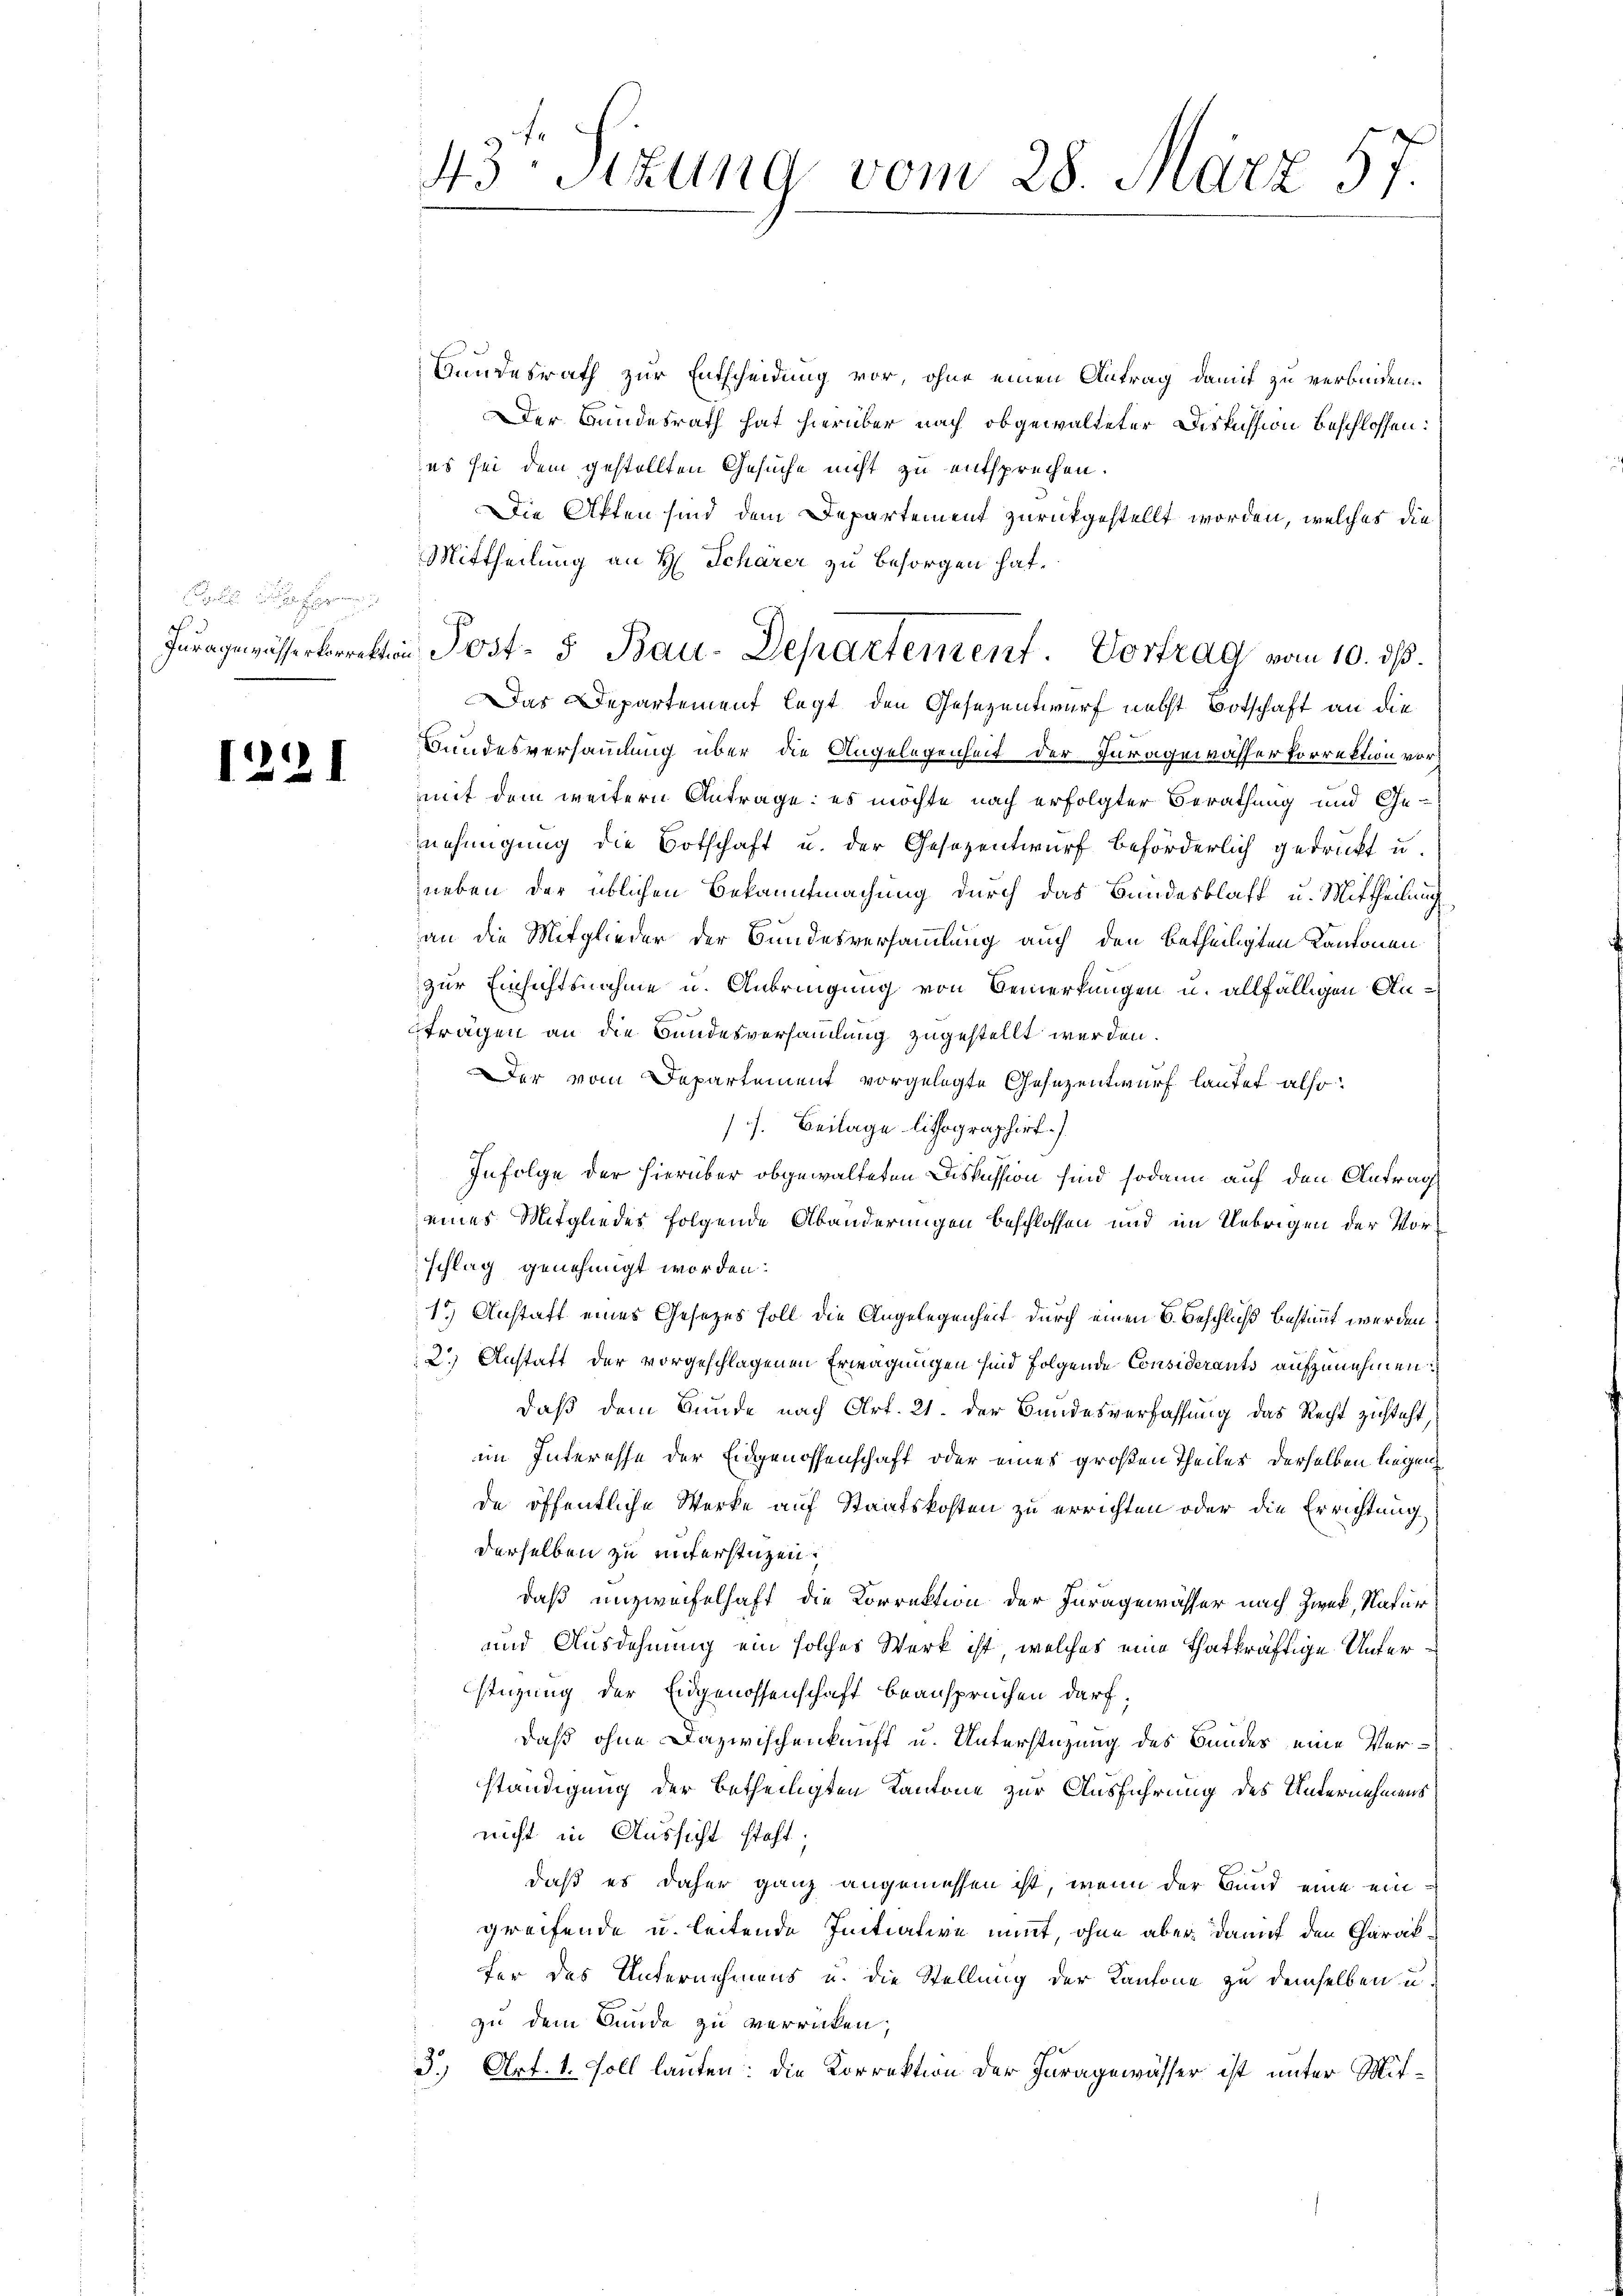
Iuragewässerkorrektio

1221

43: Sizung vom 28. März 57.

Hundesrath zur Entscheidung vor, ohne einen Antrag damit zu verbinden.
Der Bundesrath hat hierüber nach obgewalteter Diskussion beschlossen:
es sei dem gestellten Gesuche nicht zu entsprechen.
Die Akten sind dem Departement zurückgestellt worden, welches die
Mittheilung an H. Scharer zu besorgen hat.
Das Departement legt, den Gesezentwurf nebst Botschaft an die
Bundesversammlung über die Angelegenheit der Iuragewässer Porrektion vor
mit dem weitern Antrage: es möchte nach erfolgter Berathung und Ge-
nnehmigung die Botschaft u. der Gesezentwurf beförderlich gedruckt u.
neben der üblichen Bekanntmachung durch das Bundesblatt u. Mittheilung
an die Mitglieder der Bundesversammlung auch den betheiligten Kantonen
zur Einsichtsnahme u. Anbringung von Bemerkungen u. allfälligen Auträgen an die Bundesversammlung zugestellt werden.
Der vom Departement vorgelegte Gesezentwurf lautet also:
s. Beilage lithographirt.)
Infolge der hierüber obgewalteten Diskussion sind sodann auf den Antrag
eines Mitgliedes folgende Abänderungen beschlossen und im Uebrigen der Vorschlag genehmigt worden:
1.) Anstatt eines Gesetzes soll die Angelegenheit durch einen 6. Beschluß bestimmt werden
2.) Anstatt der vorgeschlagenen Erwägungen sind folgende Considerants aufzunehmen:
daß dem Bunde nach Art. 21. der Bandesverfassung das Recht zusteht,
im Interesse der Eidgenossenschaft oder eines großen Theiles derselben liegen
de öffentliche Werke auf Staatskosten zu errichten oder die Errichtung.
derselben zu unterstützen.
daß unzweifelhaft die Korrektion der Juragewässer nach Zweck, Natur
und Ausdehnung ein solches Werk ist, welches eine Thatkräftige Unterstüzung der Eidgenossenschaft beansprüchen darf;
daß ohne Dazwischenkunft u. Unterstüzung des Bundes eine Verständigung der betheiligten Kantone zur Ausführung des Unternehmens
nicht in Aussicht steht.
daß es daher ganz angemessen ist, wenn der Bund eine eingreifende u. leitende Initiative nimt, ohne aber damit den Charakfer das Unternehmens u. die Stellung der Kantone zu demselben u.
zu dem Bunde zu verrücken;
3.) Art. 1. Soll lauten: die Korrektion der Juragewässer ist unter Mit¬

Post- & Bau-Departement. Vortrag vom 10. dß.